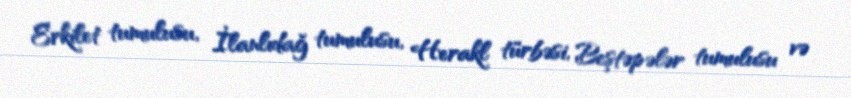
Erkilet tumulusu, İlanlıdağ tumulusu, Herakl türbəsi, Beştəpələr tumulusu və